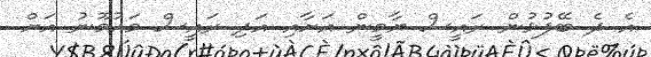
އެ ދެ ބޭފުޅުން ރައީސް ޔާމީން އަށާއި އަދި ރައީސް މައުމޫނު އަށް